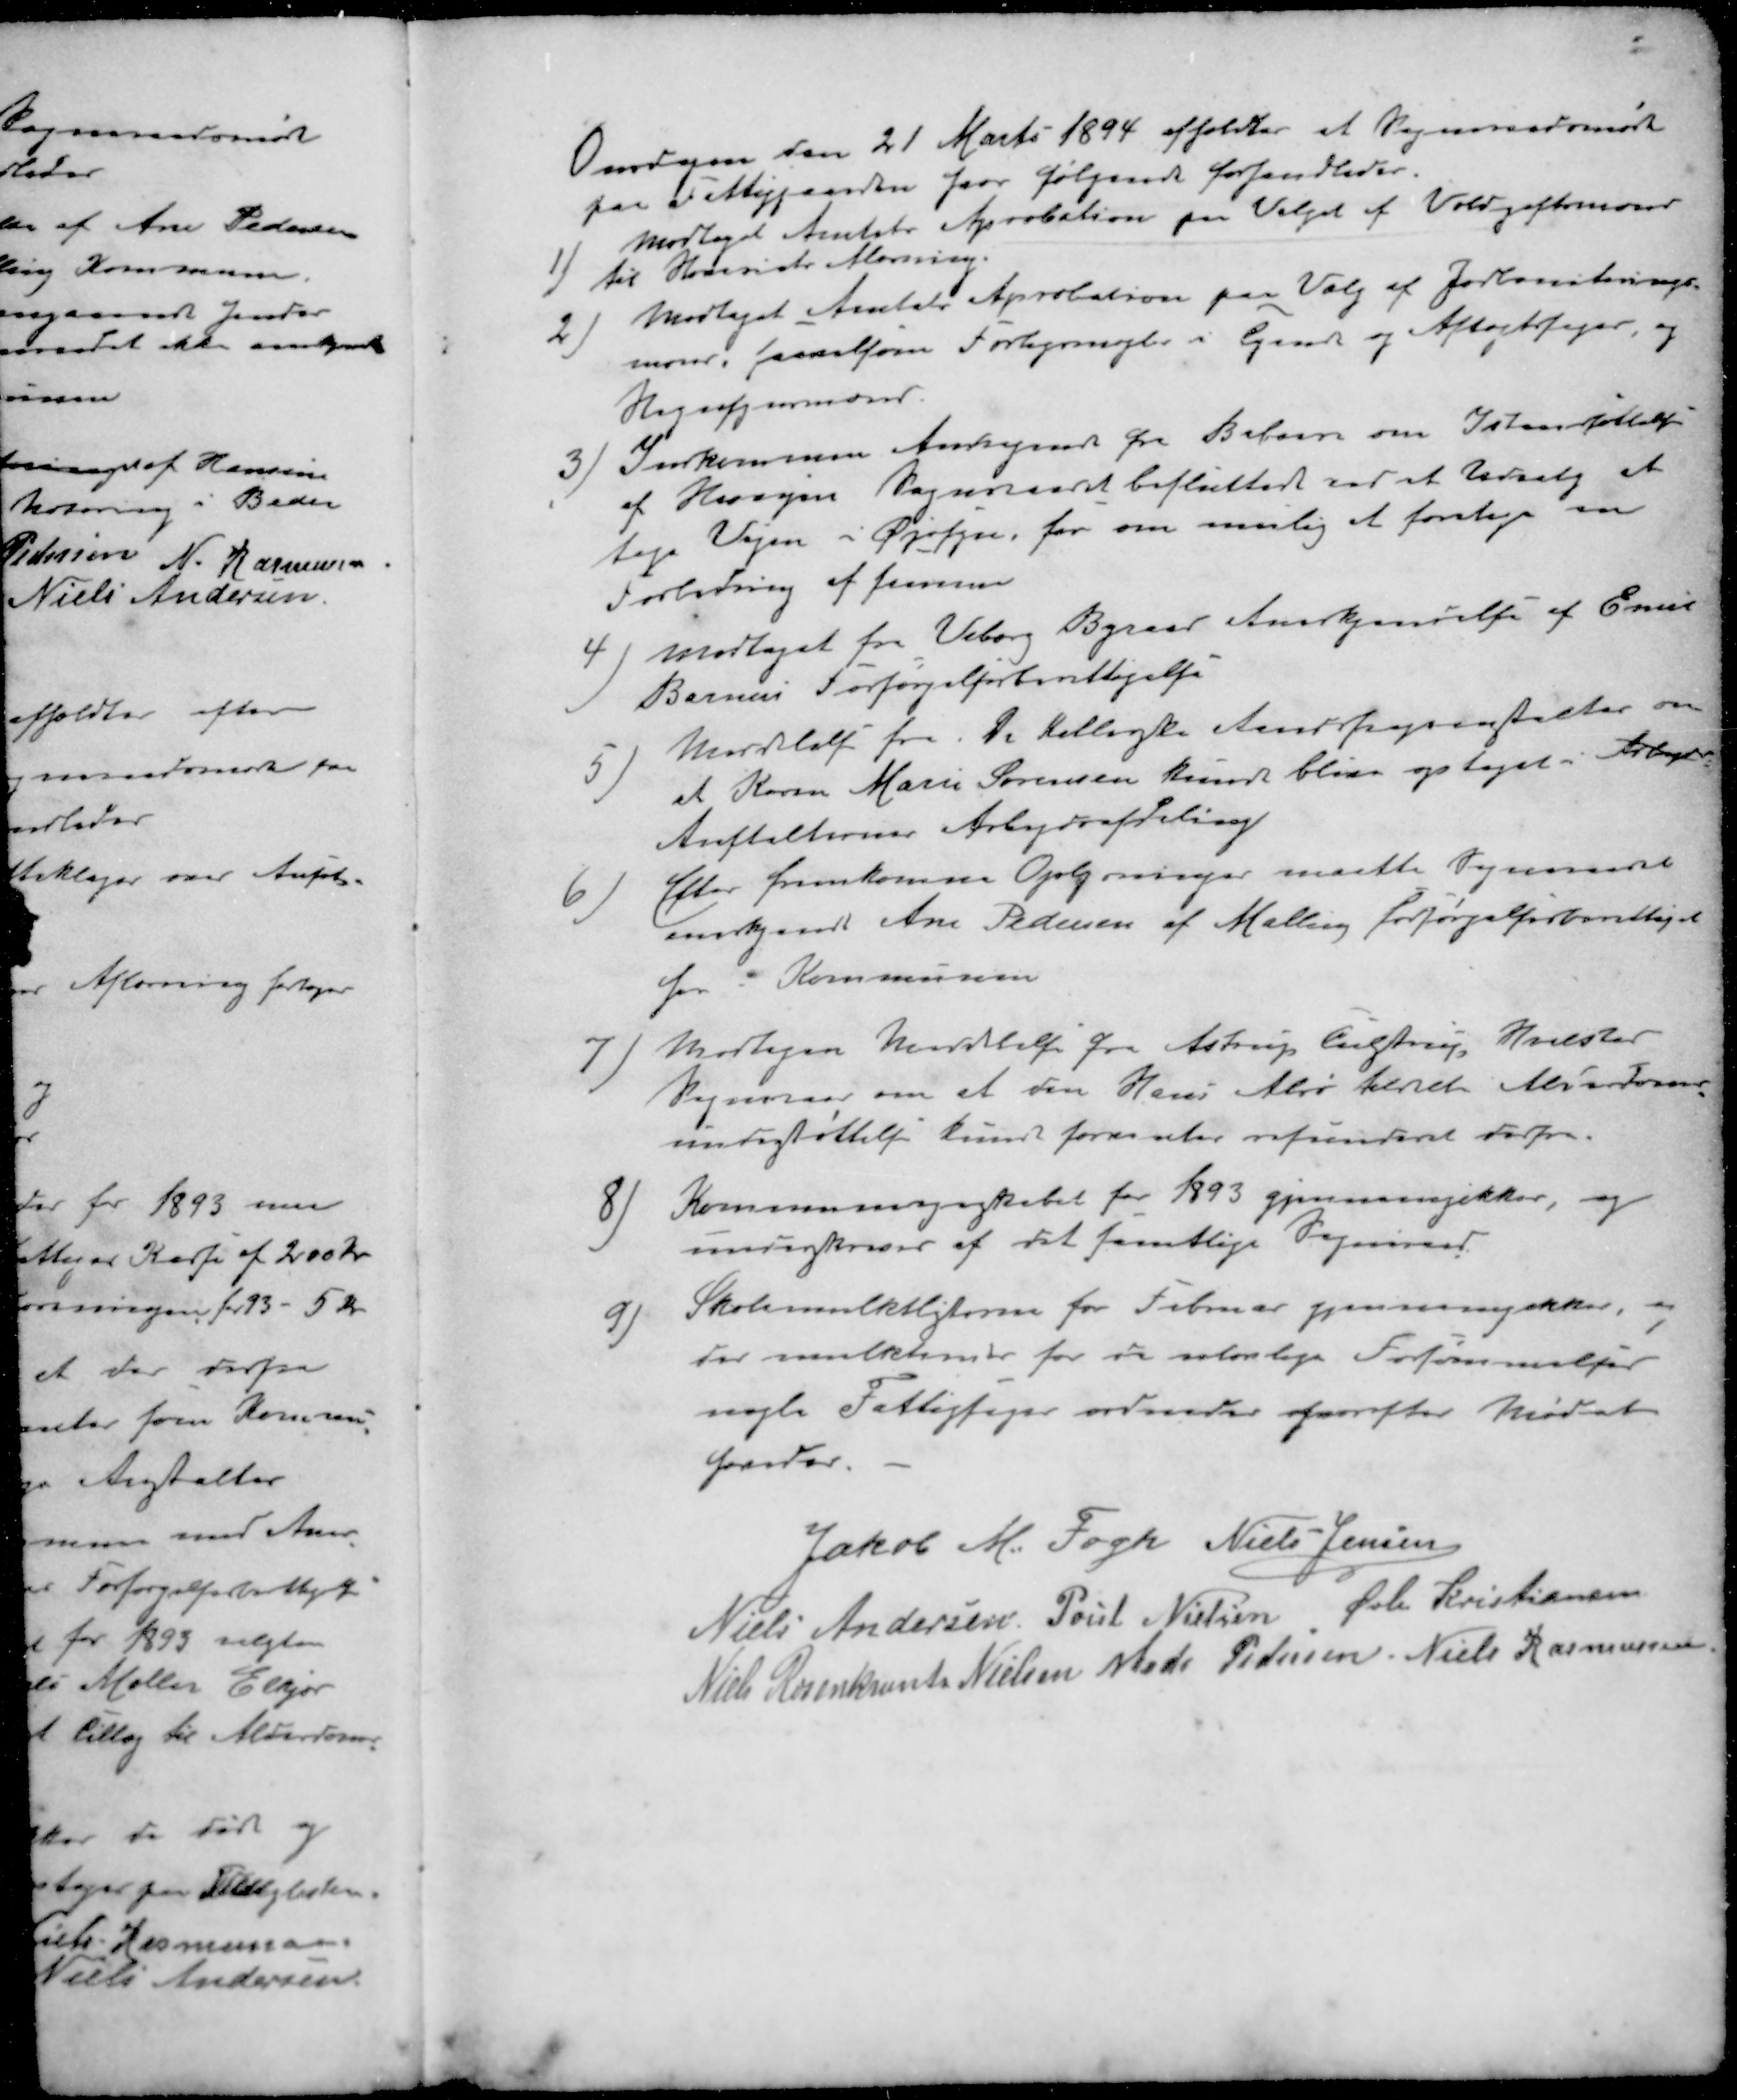
Transskription:
Onsdagen den 21 Marts 1894 afholdtes et Sogneraadsmøde
paa Fattiggaarden hvor følgende forhandledes.
1 ) Modtaget Amtets Aprobation paa Valg af Voldgiftsmand
 til Henviste .
2 ) Modtaget Amtets Aprobation paa Valg af Jorboniniterings-
mænd, saavelsom Forligsmægler i Tyende og Aftægtssager, og
Hegnsynmænd.
3 ) Indkommen Andragende fra Beboere om Istansættelse
af Hovvejen Sogneraadet besluttede ved et Udvalg at 
tage Vejen i Øjesyn, for om mulig at foretage en
Forledning af samme
4 ) modtaget fra Viborg Byraad Anerkjendelse af Emil
Barnes Forsørgelforberettigelse
5 ) Modtaget fra. De kellerske Aandsvageanstalter om
at Karen Marie Sørensen kunde blive optaget i Arbejds
Anstalternes Arbejdsafdeling
6 ) Efter fremkomne Oplysninger maatte Sogneraadet
anerkende Ane Pedersen af Malling forsørgelsesberettiget
her i Kommunen
7 ) Modtagen Meddelelse fra Astrup Tulstrup Hvilsted
Sogneraad om at den Hans Alrø tildel Alderdoms-
understøttelse kunne forventes refunderet derfra.
8 ) Kommunenskabet for 1893 gjennemgikkes, og
underskreven af det samtlige Sogneraad.
9 ) Skolemulktlisterne for Februar gjennemgikkes, og
der mulkteredes for de ulovlige Forsømmelser
nogle Fattigsager ordnedes hvorefter Mødet
hævedes
Jakob M. Fogh
Niels Jensen
Niels Andersen
Poul Nielsen
Øvli Kristiansen
Niels Rosenkrants Nielsen
Mads Pedersen
Niels Rasmussen